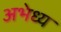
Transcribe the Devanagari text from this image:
अभेध्य